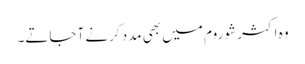
وہ اکثر شو روم میں بھی مدد کرنے آ جاتے۔